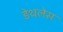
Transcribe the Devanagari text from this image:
डेथलेस